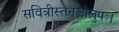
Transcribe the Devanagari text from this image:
सवित्रीस्तनलोलुपः।